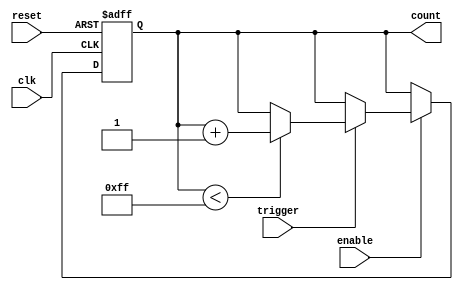
module event_triggered_counter(
    input wire clk,              // Clock signal
    input wire reset,            // Asynchronous reset signal
    input wire trigger,          // External trigger signal
    input wire enable,           // Enable counting
    output reg [7:0] count       // 8-bit counter output
);

    // Maximum count value
    parameter MAX_COUNT = 8'd255;

    // Always block for counter logic
    always @(posedge clk or posedge reset) begin
        if (reset) begin
            // Asynchronous reset
            count <= 8'b0;
        end else if (enable) begin
            // Count increment on trigger
            if (trigger) begin
                if (count < MAX_COUNT) begin
                    count <= count + 1'b1;
                end else begin
                    // Optional: Hold at MAX_COUNT or wrap around
                    // count <= 8'b0; // Uncomment for wrap-around behavior
                end
            end
        end
    end

endmodule